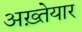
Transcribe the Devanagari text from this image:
अख़्तेयार